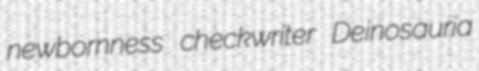
newbornness checkwriter Deinosauria